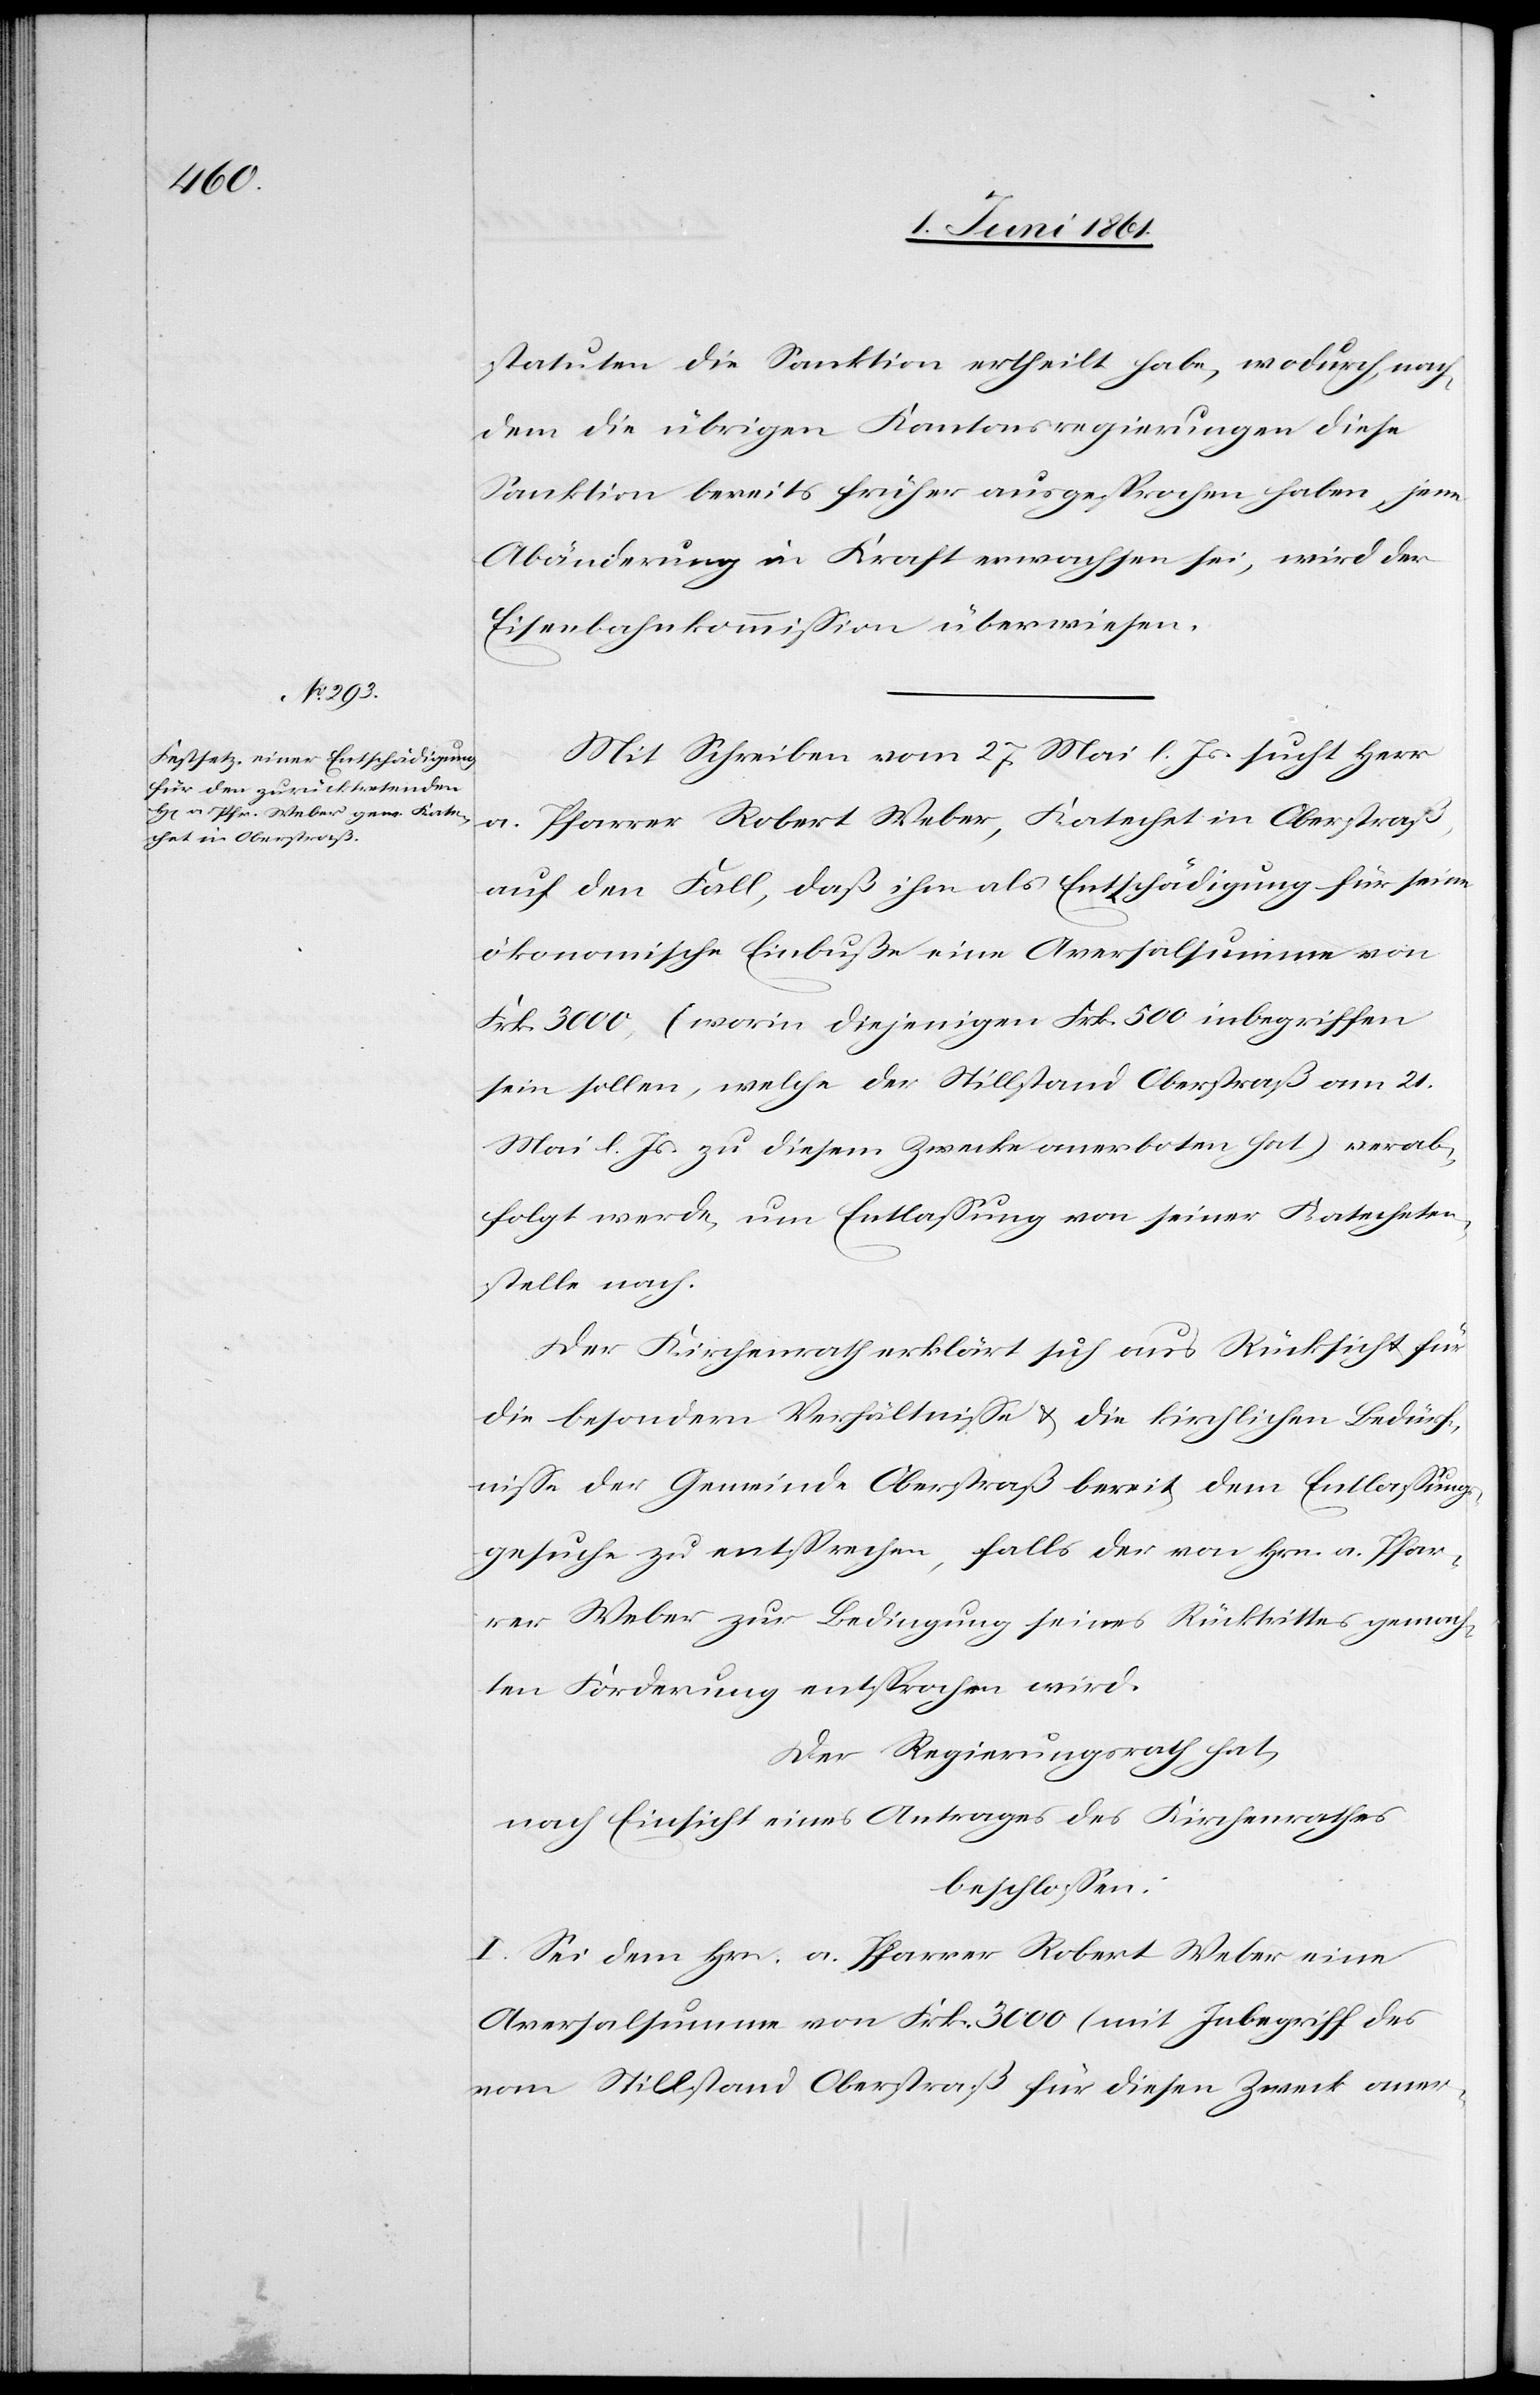
statuten die Sanktion ertheilt habe, wodurch, nach¬
dem die übrigen Kantonsregierungen diese
Sanktion bereits früher ausgesprochen haben, jene
Abänderung in Kraft erwachsen sei, wird der
Eisenbahnkommission überwiesen.
Mit Schreiben vom 27. Mai l. Js. sucht Herr
a. Pfarrer Robert Weber, Katechet in Oberstraß,
auf den Fall, daß ihm als Entschädigung für seine
ökonomische Einbuße eine Aversalsumme von
Frk. 3000, (worin diejenigen Frk. 500 inbegriffen
sein sollen, welche der Stillstand Oberstraß am 21.
Mai l. Js,. zu diesem Zwecke anerboten hat) verab¬
folgt werde, um Entlassung von seiner Katecheten¬
stelle nach.
Der Kirchenrath erklärt sich aus Rücksicht für
die besondern Verhältnisse u. die kirchlichen Bedürf¬
nisse der Gemeinde Oberstraß bereit, dem Entlassungs¬
gesuche zu entsprechen, falls der von Hrn. a. Pfar¬
rer Weber zur Bedingung seines Rücktrittes gemach¬
ten Forderung entsprochen wird.
Der Regierungsrath hat,
nach Einsicht eines Antrages des Kirchenrathes
beschlossen:
I. Sei dem Hrn. a. Pfarrer Robert Weber eine
Aversalsumme von Frk. 3000 (im Inbegriff des
vom Stillstand Oberstraß für diesen Zeck aner-